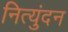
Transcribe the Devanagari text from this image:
नित्युंदन